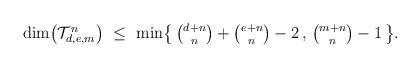
LaTeX: \begin{align*}\begin{matrix}{\rm dim}\bigl(\mathcal{T}^n_{d,e,m} \bigr) \,\, \leq \,\, {\rm min}\bigl\{\, \binom{d+n}{n}+\binom{e+n}{n}-2\,,\,\binom{m+n}{n}-1 \, \bigr\} . \end{matrix} \end{align*}